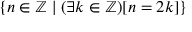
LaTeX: \{ n \in \mathbb { Z } \mid ( \exists k \in \mathbb { Z } ) [ n = 2 k ] \}